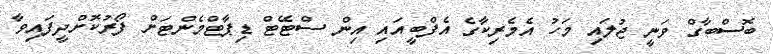
ބޮސްބާގް ވަނީީ ޖުލައި މަހު އެމެރިކާގެ އެފްބީއައި އިން ސްޓޭޓް ޑިޕާޓްމެންޓަށް ފޯރުކޮށްދީފައިވާ